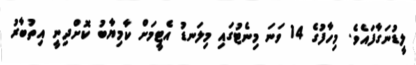
ލީޑުނަގާފައެވެ. މިހާފުގެ 14 ވަނަ މިނެޓުގައި މިލަނޑު އެޓީމަށް ކާމިޔާބު ކޮށްދިނީ އިތުބާރު